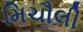
મિચૌલી